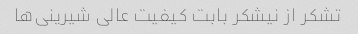
تشکر از نیشکر بابت کیفیت عالی شیرینی‌ها